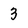
Character: 3